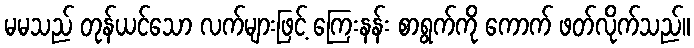
မမသည် တုန်ယင်သော လက်များဖြင့် ကြေးနန်း စာရွက်ကို ကောက် ဖတ်လိုက်သည်။